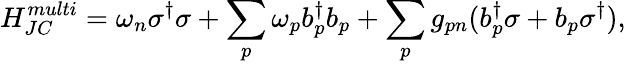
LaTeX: {H}_{JC}^{multi}=\omega_{n}{\sigma}^{\dagger}{\sigma}+\sum_{p}\omega_{p}{b}_{p}^{\dagger}{b}_{p}+\sum_{p}g_{pn}({b}_{p}^{\dagger}{\sigma}+{b}_{p}{\sigma}^{\dagger}),